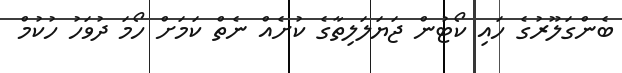
ބެންގަލޫރުގެ ހައި ކޯޓުން ޖަޔަލަލިތާގެ ކުށެއް ނެތް ކަމަށް ހޯމަ ދުވަހު ހުކުމް